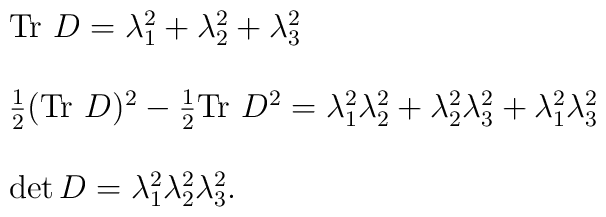
\begin{array}{l}{\rm Tr}~ D = \lambda_1^2+\lambda_2^2+\lambda_3^2   \\ \\\frac{1}{2}({\rm Tr}~ D)^2 - \frac{1}{2}{\rm Tr}~ D^2 =\lambda_1^2\lambda_2^2+\lambda_2^2\lambda_3^2+\lambda_1^2\lambda_3^2\\ \\\det D = \lambda_1^2 \lambda_2^2 \lambda_3^2.\end{array}